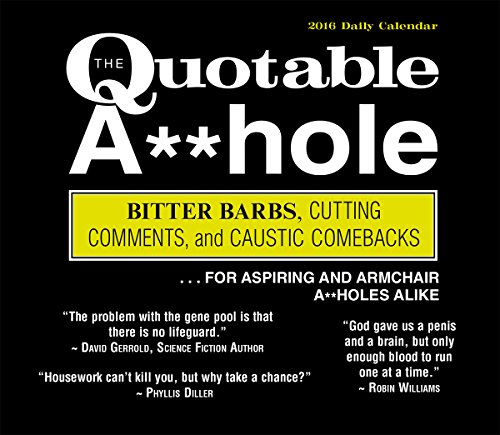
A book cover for Quotable A-hole 2016 Boxed/Daily Calendar; Grzymkowski, Erik F&W Media; Calendars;